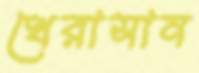
খেরাসান